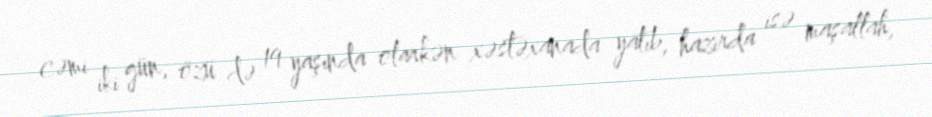
cəmi iki gün, özü də 19 yaşında olarkən xəstəxanada yatıb, hazırda isə maşallah,